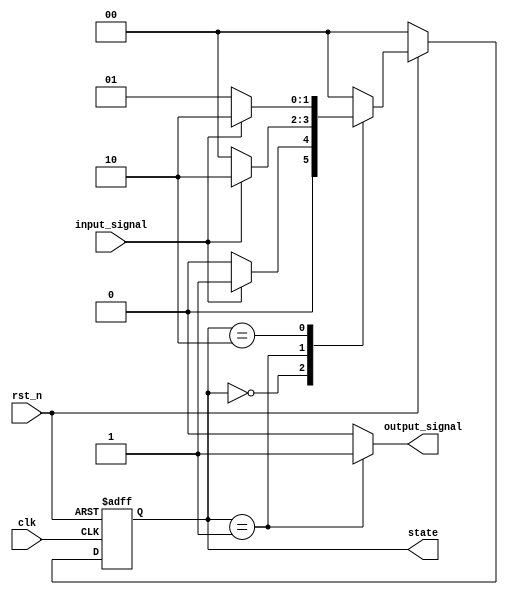
module moore_state_machine (
    input wire clk,           // Clock signal
    input wire rst_n,        // Asynchronous reset (active low)
    input wire input_signal,  // Input signal to determine state transitions
    output reg [1:0] state,   // Current state output
    output reg output_signal   // Output signal based on current state
);

    // State encoding
    localparam S0 = 2'b00; // State 0
    localparam S1 = 2'b01; // State 1
    localparam S2 = 2'b10; // State 2

    // State register
    reg [1:0] next_state;

    // Asynchronous reset logic
    always @(*) begin
        if (!rst_n) begin
            next_state = S0; // Reset to State 0
        end else begin
            case (state)
                S0: begin
                    if (input_signal) 
                        next_state = S1; // Transition from S0 to S1
                    else 
                        next_state = S0; // Stay in S0
                end
                S1: begin
                    if (input_signal) 
                        next_state = S2; // Transition from S1 to S2
                    else 
                        next_state = S0; // Transition from S1 back to S0
                end
                S2: begin
                    if (input_signal) 
                        next_state = S2; // Stay in S2
                    else 
                        next_state = S1; // Transition from S2 to S1
                end
                default: next_state = S0; // Default to State 0
            endcase
        end
    end

    // State register: update state on rising edge of clock
    always @(posedge clk or negedge rst_n) begin
        if (!rst_n) begin
            state <= S0; // Asynchronous reset to State 0
        end else begin
            state <= next_state; // Update state to next state
        end
    end

    // Output logic: Moore output based on current state
    always @(*) begin
        case (state)
            S0: output_signal = 1'b0; // Output for State 0
            S1: output_signal = 1'b1; // Output for State 1
            S2: output_signal = 1'b0; // Output for State 2
            default: output_signal = 1'b0; // Default output
        endcase
    end

endmodule